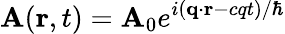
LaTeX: \mathbf{A}(\mathbf{r},t)=\mathbf{A}_{0}e^{i(\mathbf{q}\cdot\mathbf{r}-cqt)/\hbar}